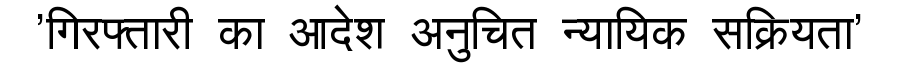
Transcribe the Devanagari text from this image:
'गिरफ्तारी का आदेश अनुचित न्यायिक सक्रियता'